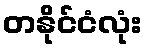
တနိုင်ငံလုံး